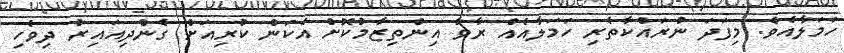
ހަމަލާއެވެ. މިފަދަ ނުރައްކާތެރި ހަމަލާއެއް ރާވާ އިންތިޒާމުކޮށް އެކަން ކުރިއަށް ގެންދިއައިރު ދިވެހި